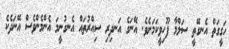
ހަގީގަތް އެނގޭތީ ސަލްމާ ފޫހިވީކަމަށެވެ. އޭނަގެ އަނދިރި ސިއްރުތައް އެނގުނީމަ އެންމެންވެސް އޭނަދެކެ